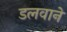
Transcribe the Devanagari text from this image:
डलवाने